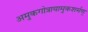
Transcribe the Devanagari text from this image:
अमुकगोत्रायामुकशर्मण्